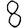
Digit: 8